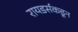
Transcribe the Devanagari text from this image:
रायडर्सकडून